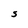
Character: S